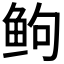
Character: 𬶋